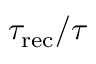
\tau _ { \mathrm { r e c } } / \tau